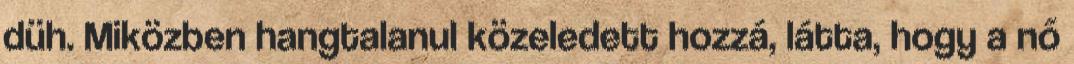
düh. Miközben hangtalanul közeledett hozzá, látta, hogy a nő